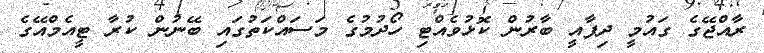
ރާއްޖޭގެ ގައުމީ ދިފާއީ ބާރުން ކޮޅުވެއްޓި ހޯދުމުގެ މަސައްކަތުގައި ބޭނުން ކުރާ ޓީއެމްއޭގެ